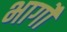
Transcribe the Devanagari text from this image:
भार्गों